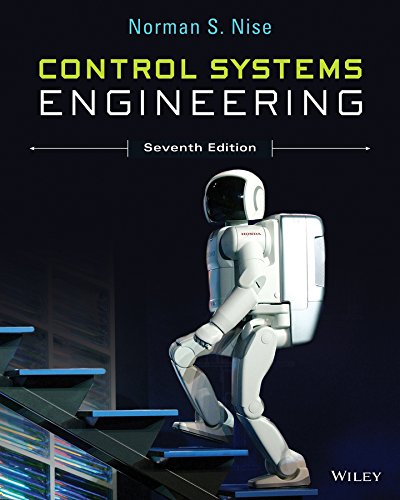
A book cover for Control Systems Engineering; Norman S. Nise; Engineering & Transportation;